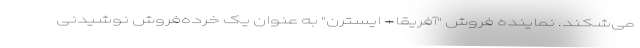
می‌شکند. نماینده فروش "آفریقا+ ایسترن" به عنوان یک خرده‌فروش نوشیدنی